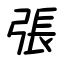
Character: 張